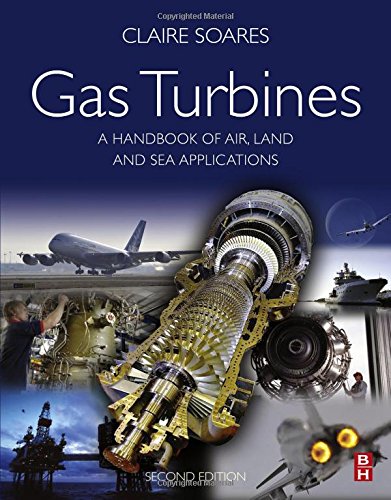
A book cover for Gas Turbines, Second Edition: A Handbook of Air, Land and Sea Applications; Claire Soares EMM Systems  Dallas  Texas  USAPrincipal Engineer (P. E.); Engineering & Transportation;